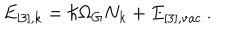
E _ { [ 3 ] , k } = \hbar \Omega _ { G } N _ { k } + E _ { [ 3 ] , \mathrm { v a c . } } .